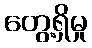
တွေ့ရှိမှု